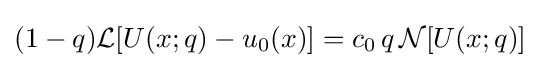
(1-q){\mathcal {L}}[U(x;q)-u_{0}(x)]=c_{0}\,q\,{\mathcal {N}}[U(x;q)]